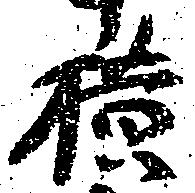
横